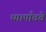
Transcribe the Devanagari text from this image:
था।पाँचवे